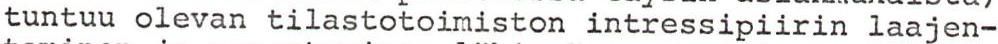
tuntuu olevan tilastotoimiston intressipiirin laajen-